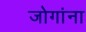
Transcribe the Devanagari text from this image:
जोगांना